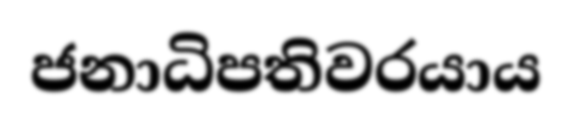
ජනාධිපතිවරයාය